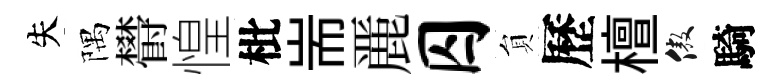
失隅欎惶枇耑䴡囚貟歷檀傲騎